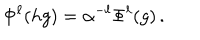
\Phi ^ { \ell } ( h g ) = \alpha ^ { - \ell } \Phi ^ { \ell } ( g ) \, .